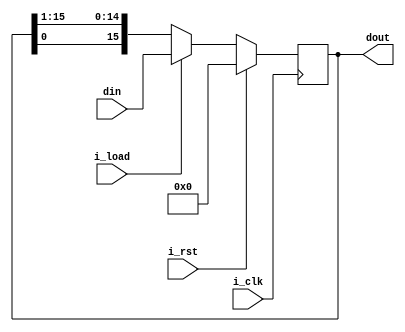
module cyclenot_right_register16
    #(parameter MSB = 16)(
    input [MSB - 1 : 0] din,
    input i_rst,
    input i_load,
    input i_clk,
    output  [MSB - 1 : 0] dout
);

    reg [MSB - 1 : 0] dout_mid;

    always@(posedge i_clk) begin
        if(i_rst) begin
            dout_mid <= 'd0;
        end
        else if(i_load) begin
            dout_mid <= din;
        end
        else begin
            dout_mid <= {dout_mid[0], dout_mid[MSB - 1 : 1]};
        end
        end
    assign dout = dout_mid;


endmodule